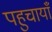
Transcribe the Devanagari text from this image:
पहुचायाँ